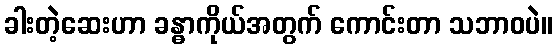
ခါးတဲ့ဆေးဟာ ခန္ဓာကိုယ်အတွက် ကောင်းတာ သဘာဝပဲ။